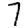
Digit: 7